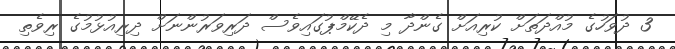
3 ދުވަހުގެ މުއްދަތަށް ކުރިއަށް ގެންދާ މި ދެކޭމްޕުގައިވެސް ދަރިވަރުންނަށް ދިރިއުޅުމުގެ ރިވެތި